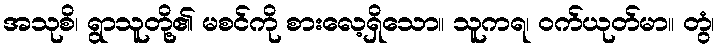
အသုစိ၊ ရွာသူတို့၏ မစင်ကို စားလေ့ရှိသော။ သူကရ၊ ဝက်ယုတ်မာ။ တွံ၊